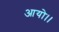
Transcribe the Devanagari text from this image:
आयो।।